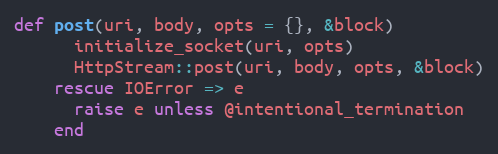
Language: Ruby
def post(uri, body, opts = {}, &block)
      initialize_socket(uri, opts)
      HttpStream::post(uri, body, opts, &block)
    rescue IOError => e
      raise e unless @intentional_termination
    end